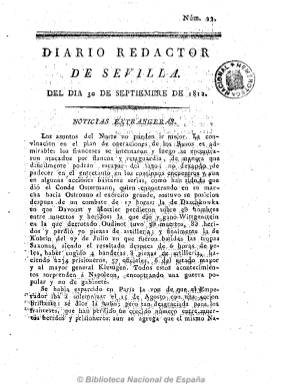
Título: Diario redactor de Sevilla
Colección: Periódicos anteriores a 1850
Ámbito geográfico: Sevilla
Lugar de publicación: Sevilla
Fechas: 30/09/1812-27/10/1812

Empieza a publicarse nada más abandonar el ejército francés la ciudad sevillana, a partir del ocho de septiembre de 1812, saliendo de la imprenta de Josef Hidalgo. De carácter político y noticioso, su tendencia es liberal moderada. De cuatro páginas por número y sin paginación, incluye noticias de España y del extranjero, generalmente extractadas de otros periódicos, principalmente gaditanos, así como cartas, partes de guerra, noticias locales, avisos, sueltos, etc. También edita algunos suplementos o extraordinarios, algunos de una hoja. Cesó el 30 de agosto de 1813, casi al mismo tiempo que su coetáneo Diario del Gobierno de Sevilla, que era el periódico oficioso del ayuntamiento constitucional hispalense, también liberal templado.